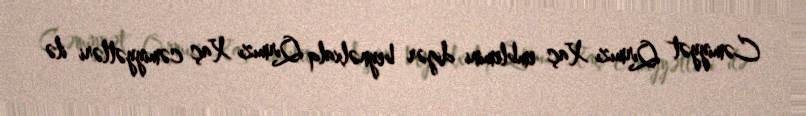
Cəmiyyət Qırmızı Xaç emblemini digər beynəlxalq Qırmızı Xaç cəmiyyətləri ilə